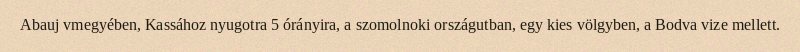
Abauj vmegyében, Kassához nyugotra 5 órányira, a szomolnoki országutban, egy kies völgyben, a Bodva vize mellett.